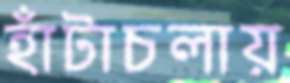
হাঁটাচলায়